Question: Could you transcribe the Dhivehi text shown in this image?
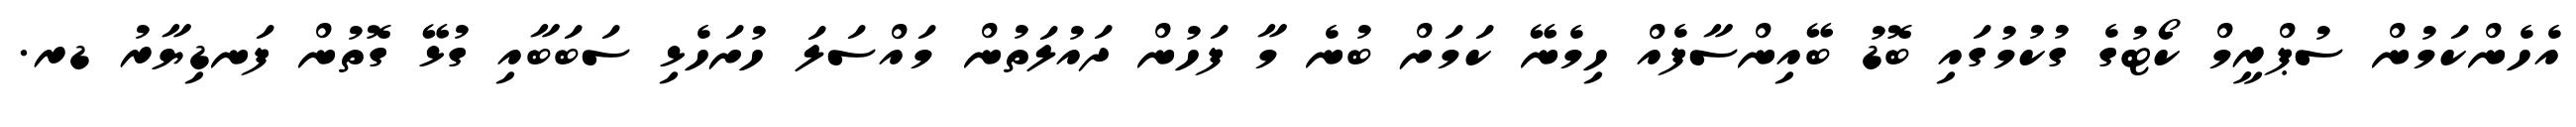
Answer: އެހެންކަމުން ސުޕްރީމް ކޯޓުގެ ގުކުމުގައި ބޮޑު ބޭއިންސާފެއް ހިމެނޭ ކަމަށް ބުނެ މާ ފަހުން ދައުލަތުން މައްސަލަ ހުށަހެޅި ސަބަބާއި ގުޅޭ ގޮތުން ފަނޑިޔާރު ޑރ.